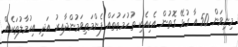
މިނިވަން 50 އާ ގުޅޭ ގޮތުން އެކިއެކި ތުހުމަތުތައް ފެންމަތިވަމުންދާއިރު އަދި އިހުމާލުތަކެއް